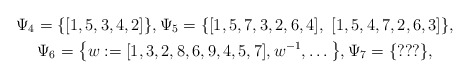
\begin{gather*} \Psi_4 =\{ [1,5,3,4,2] \}, \Psi_5 =\{ [1,5,7,3,2,6,4],~[1,5,4,7,2,6,3] \},\\\Psi_6 = \big\{ w:=[1,3,2,8,6,9,4,5,7], w^{-1}, \dots \big\} , \Psi_7 = \{??? \},\end{gather*}